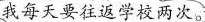
我每天要往返学校两次。